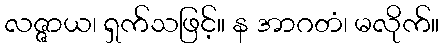
လဇ္ဇာယ၊ ရှက်သဖြင့်။ န အာဂတံ၊ မလိုက်။